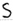
Text: S